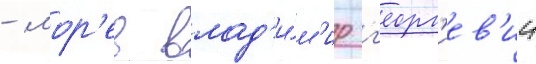
- мор'ев влад'и́м'ир г'еорг'иев'ич